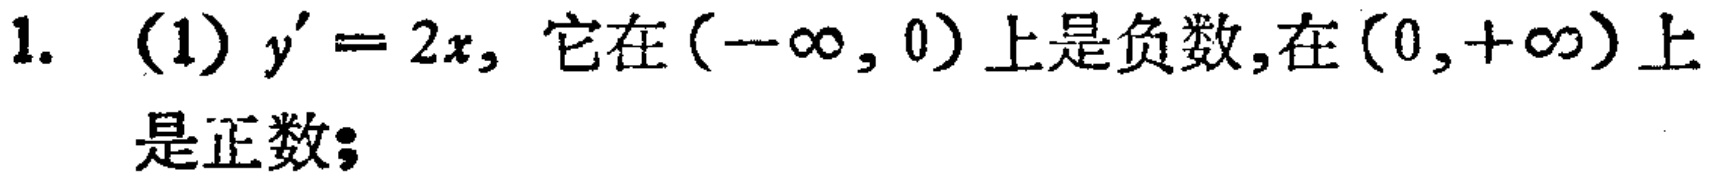
1. (1) \(y^{\prime}=2x\), 它在\((-\infty,0)\)上是负数,在\((0,+\infty)\)上是正数;